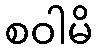
စဝါမိ